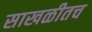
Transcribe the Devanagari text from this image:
साखळीतच